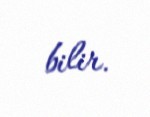
bilir.